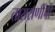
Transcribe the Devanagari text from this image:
ताराराणींची